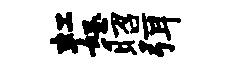
虹怒昭弭